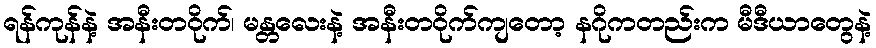
ရန်ကုန်နဲ့ အနီးတဝိုက်၊ မန္တလေးနဲ့ အနီးတဝိုက်ကျတော့ နဂိုကတည်းက မီဒီယာတွေနဲ့